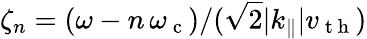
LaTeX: \zeta_{n}=(\omega-n\, \omega_{\mathrm{~c~}})/(\sqrt{2}|k_{\parallel}|v_{\mathrm{~t~h~}})